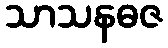
သာသနဓဇ